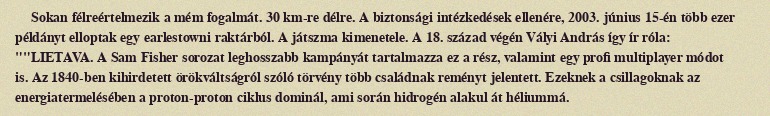
Sokan félreértelmezik a mém fogalmát. 30 km-re délre. A biztonsági intézkedések ellenére, 2003. június 15-én több ezer példányt elloptak egy earlestowni raktárból. A játszma kimenetele. A 18. század végén Vályi András így ír róla: ""LIETAVA. A Sam Fisher sorozat leghosszabb kampányát tartalmazza ez a rész, valamint egy profi multiplayer módot is. Az 1840-ben kihirdetett örökváltságról szóló törvény több családnak reményt jelentett. Ezeknek a csillagoknak az energiatermelésében a proton-proton ciklus dominál, ami során hidrogén alakul át héliummá.